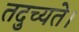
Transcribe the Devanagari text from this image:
तदुच्यते।